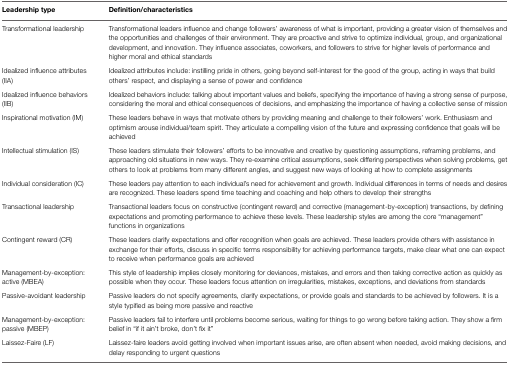
| Leadership type | Definition/characteristics |
 | --- | --- |
 | Transformational leadership | Transformational leaders influence and change followers’ awareness of what is important, providing a greater vision of themselves and the opportunities and challenges of their environment. They are proactive and strive to optimize individual, group, and organizational development, and innovation. They influence associates, coworkers, and followers to strive for higher levels of performance and higher moral and ethical standards |
 | Idealized influence attributes (IIA) | Idealized attributes include: instilling pride in others, going beyond self-interest for the good of the group, acting in ways that build others’ respect, and displaying a sense of power and confidence |
 | Idealized influence behaviors (IIB) | Idealized behaviors include: talking about important values and beliefs, specifying the importance of having a strong sense of purpose, considering the moral and ethical consequences of decisions, and emphasizing the importance of having a collective sense of mission |
 | Inspirational motivation (IM) | These leaders behave in ways that motivate others by providing meaning and challenge to their followers’ work. Enthusiasm and optimism arouse individual/team spirit. They articulate a compelling vision of the future and expressing confidence that goals will be achieved |
 | Intellectual stimulation (IS) | These leaders stimulate their followers’ efforts to be innovative and creative by questioning assumptions, reframing problems, and approaching old situations in new ways. They re-examine critical assumptions, seek differing perspectives when solving problems, get others to look at problems from many different angles, and suggest new ways of looking at how to complete assignments |
 | Individual consideration (IC) | These leaders pay attention to each individual’s need for achievement and growth. Individual differences in terms of needs and desires are recognized. These leaders spend time teaching and coaching and help others to develop their strengths |
 | Transactional leadership | Transactional leaders focus on constructive (contingent reward) and corrective (management-by-exception) transactions, by defining expectations and promoting performance to achieve these levels. These leadership styles are among the core “management” functions in organizations |
 | Contingent reward (CR) | These leaders clarify expectations and offer recognition when goals are achieved. These leaders provide others with assistance in exchange for their efforts, discuss in specific terms responsibility for achieving performance targets, make clear what one can expect to receive when performance goals are achieved |
 | Management-by-exception: active (MBEA) | This style of leadership implies closely monitoring for deviances, mistakes, and errors and then taking corrective action as quickly as possible when they occur. These leaders focus attention on irregularities, mistakes, exceptions, and deviations from standards |
 | Passive-avoidant leadership | Passive leaders do not specify agreements, clarify expectations, or provide goals and standards to be achieved by followers. It is a style typified as being more passive and reactive |
 | Management-by-exception: passive (MBEP) | Passive leaders fail to interfere until problems become serious, waiting for things to go wrong before taking action. They show a firm belief in “if it ain’t broke, don’t fix it” |
 | Laissez-Faire (LF) | Laissez-faire leaders avoid getting involved when important issues arise, are often absent when needed, avoid making decisions, and delay responding to urgent questions |